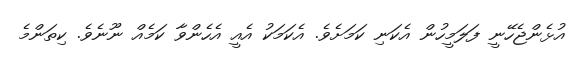
އުޅެންޖެހޭނީ ފަލަމީހުން އެކަނި ކަމަށެވެ. އެކަމަކު އެއީ އެހެންވާ ކަމެއް ނޫނެވެ. ކިތަންމެ